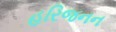
હરિજનન